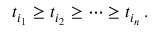
t _ { i _ { 1 } } \geq t _ { i _ { 2 } } \geq \dots \geq t _ { i _ { n } } \, .